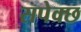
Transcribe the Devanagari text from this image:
सपेक्छ